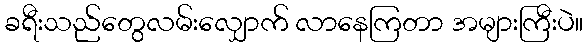
ခရီးသည်တွေလမ်းလျှောက် လာနေကြတာ အများကြီးပဲ။